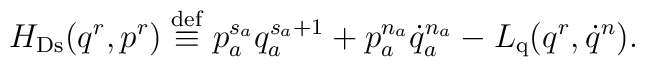
H_{\rm Ds}(q^r,p^r) \stackrel{\rm def}{\equiv} p_a^{s_a}q_a^{s_a+1} +p_a^{n_a}\dot{q}_a^{n_a} - L_{\rm q}(q^r,\dot{q}^n).